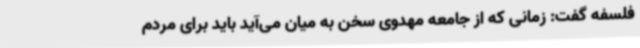
فلسفه گفت: زمانی که از جامعه مهدوی سخن به میان می‌آید باید برای مردم